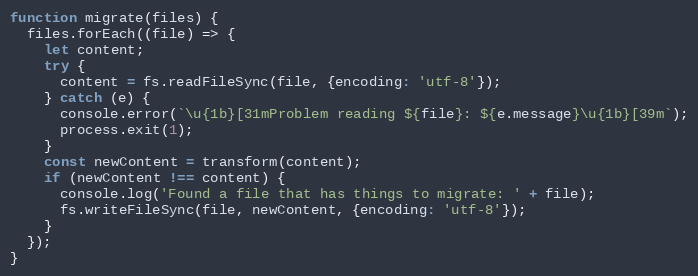
Language: JavaScript
function migrate(files) {
  files.forEach((file) => {
    let content;
    try {
      content = fs.readFileSync(file, {encoding: 'utf-8'});
    } catch (e) {
      console.error(`\u{1b}[31mProblem reading ${file}: ${e.message}\u{1b}[39m`);
      process.exit(1);
    }
    const newContent = transform(content);
    if (newContent !== content) {
      console.log('Found a file that has things to migrate: ' + file);
      fs.writeFileSync(file, newContent, {encoding: 'utf-8'});
    }
  });
}